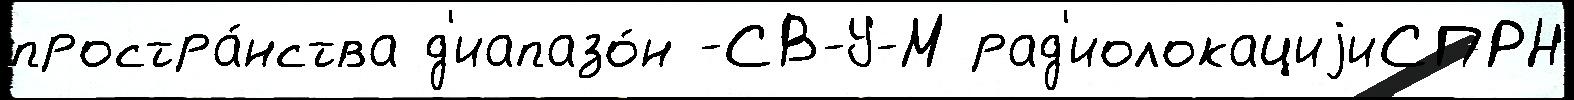
простра́нства д'иапазо́н -СВ-У-М рад'иолокациjиСПРН